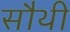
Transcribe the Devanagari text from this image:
सौथी